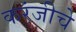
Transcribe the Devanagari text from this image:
करंजीचे